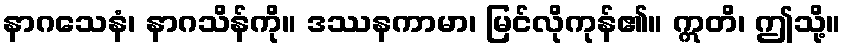
နာဂသေနံ၊ နာဂသိန်ကို။ ဒဿနကာမာ၊ မြင်လိုကုန်၏။ ဣတိ၊ ဤသို့။